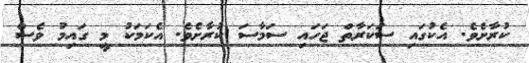
ކުރާށެވެ. އެކުގައި ސަކަރާތް ޖަހައި ސަމާސަ ކުރާށެވެ. އެކަމަކު މީ ގައިމު ވެސް